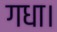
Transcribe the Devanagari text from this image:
गधा।